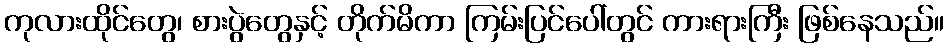
ကုလားထိုင်တွေ၊ စားပွဲတွေနှင့် တိုက်မိကာ ကြမ်းပြင်ပေါ်တွင် ကားရားကြီး ဖြစ်နေသည်။